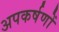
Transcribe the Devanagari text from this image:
अपकर्षणों